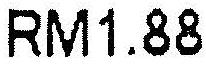
RM1.88